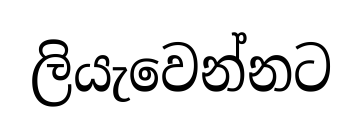
ලියැවෙන්නට